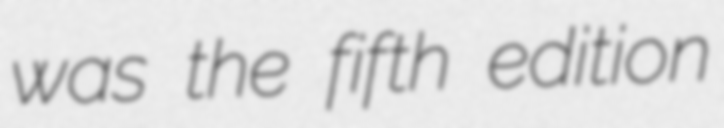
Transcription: was the fifth edition